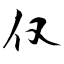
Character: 仅